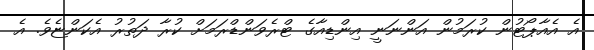
އެ އެއާޕޯޓުން ކުރަމުން އަންނަނީ އިންޑިއާގެ ޓްރެވަންޑްރަމަށް ކުރާ ދަތުރު އެކަންޏެވެ. އެ